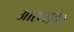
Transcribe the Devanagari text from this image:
आरध्यदेव